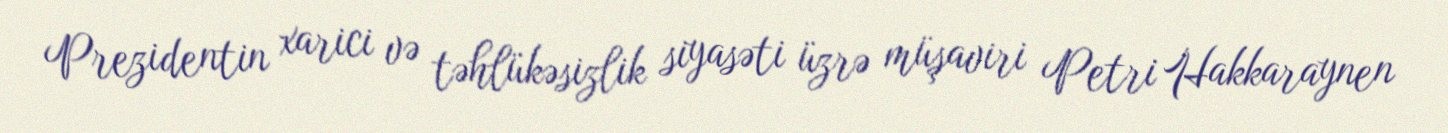
Prezidentin xarici və təhlükəsizlik siyasəti üzrə müşaviri Petri Hakkaraynen